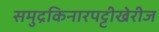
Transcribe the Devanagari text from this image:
समुद्रकिनारपट्टीखेरीज